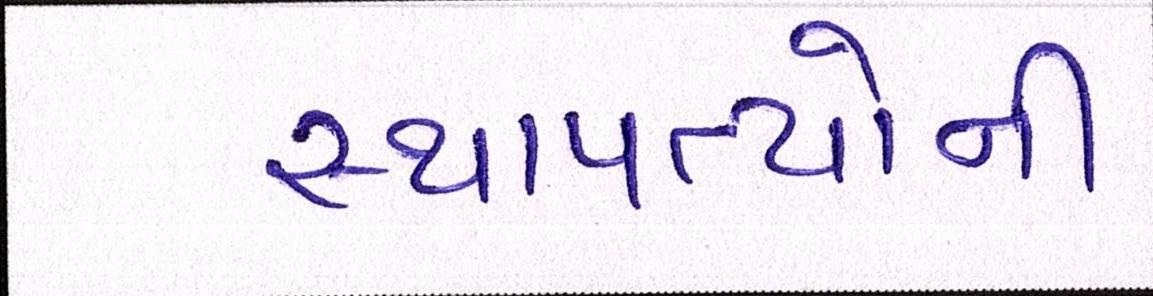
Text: સ્થાપત્યોની